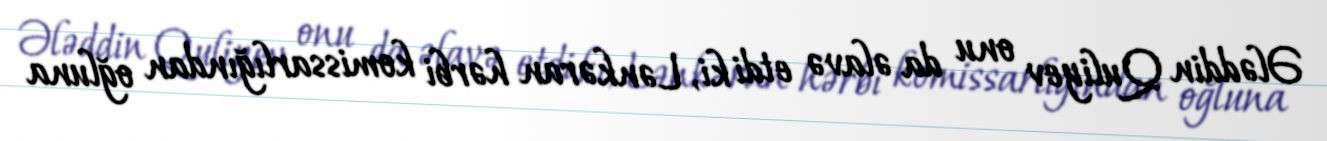
Ələddin Quliyev onu da əlavə etdi ki, Lənkəran hərbi komissarlığından oğluna